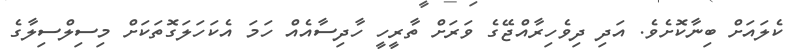
ކެލައަށް ބިނާކޮށެވެ. އަދި ދިވެހިރާއްޖޭގެ ވަރަށް ތާރީހީ ހާދިސާއެއް ހަމަ އެކަހަލަގޮތަކަށް މިސިލްސިލާގެ